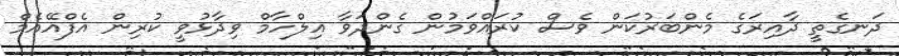
ދަނގެތީ ދާއިރަގެ މެންބަރުކަން ވެސް ކުރައްވަމުން ގެންދަވާ އިލްހާމް ވިދާޅުވީ ކުރިން އެފްއޭއެމް